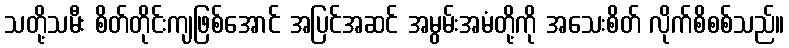
သတို့သမီး စိတ်တိုင်းကျဖြစ်အောင် အပြင်အဆင် အမွမ်းအမံတို့ကို အသေးစိတ် လိုက်စိစစ်သည်။